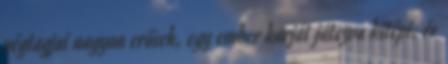
végtagjai nagyon erősek, egy ember karját játszva kitépi, és